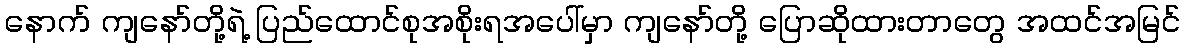
နောက် ကျနော်တို့ရဲ့ ပြည်ထောင်စုအစိုးရအပေါ်မှာ ကျနော်တို့ ပြောဆိုထားတာတွေ အထင်အမြင်